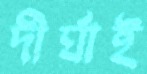
দীর্ঘাই